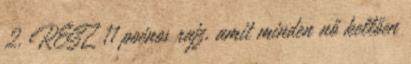
2. RÉSZ 11 poénos rajz, amit minden nő kellően